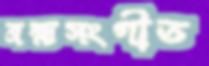
ব্রহ্মসংগীত